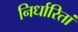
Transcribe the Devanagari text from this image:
निर्धारितां